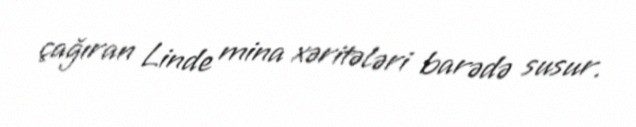
çağıran Linde mina xəritələri barədə susur.